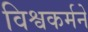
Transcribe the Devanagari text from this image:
विश्वकर्मने